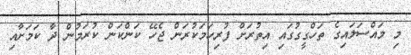
މި މައްސަލައިގެ ތަހްގީގުގައި އިތުރަށް ފުރިހަމަކުރަން ޖެހޭ ކަންކަން ކުރަމުން ދާ ކަމަށާއި